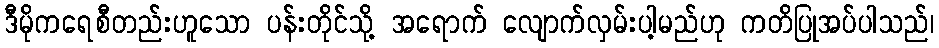
ဒီမိုကရေစီတည်းဟူသော ပန်းတိုင်သို့ အရောက် လျောက်လှမ်းပါ့မည်ဟု ကတိပြုအပ်ပါသည်၊